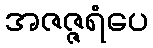
အဇဇ္ဇရံပေ